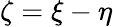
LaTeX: \zeta=\xi-\eta